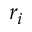
r _ { i }